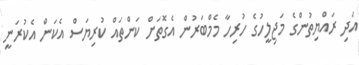
އަދި ރައްޔިތުންގެ މަޖިލީހުގެ ހުރިހާ މެމްބަރުން އެގޮތަށް ކަންތައް ކުރިޔަސް އެކަން އެކުރަނީ